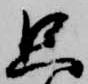
只